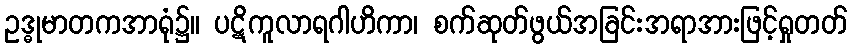
ဥဒ္ဓုမာတကအာရုံ၌။ ပဋိကူလာရဂါဟိကာ၊ စက်ဆုတ်ဖွယ်အခြင်းအရာအားဖြင့်ရှုတတ်